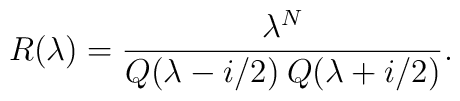
R(\lambda) = \frac{\lambda^N}{Q(\lambda-i/2)\>Q(\lambda+i/2)}.